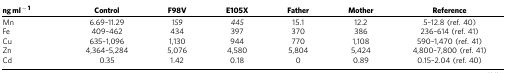
<table><thead><tr><td><b>ng ml<sup>−1</sup></b></td><td><b>Control</b></td><td><b>F98V</b></td><td><b>E105X</b></td><td><b>Father</b></td><td><b>Mother</b></td><td><b>Reference</b></td></tr></thead><tbody><tr><td>Mn</td><td>6.69–11.29</td><td><i>159</i></td><td><i>445</i></td><td>15.1</td><td>12.2</td><td>5–12.8 (ref. 40)</td></tr><tr><td>Fe</td><td>409–462</td><td>434</td><td>397</td><td>370</td><td>386</td><td>236–614 (ref. 41)</td></tr><tr><td>Cu</td><td>635–1,096</td><td>1,130</td><td>944</td><td>770</td><td>1,108</td><td>590–1,470 (ref. 41)</td></tr><tr><td>Zn</td><td>4,364–5,284</td><td>5,076</td><td>4,580</td><td>5,804</td><td>5,424</td><td>4,800–7,800 (ref. 41)</td></tr><tr><td>Cd</td><td>0.35</td><td>1.42</td><td>0.18</td><td>0</td><td>0.89</td><td>0.15–2.04 (ref. 40)</td></tr></tbody></table>